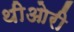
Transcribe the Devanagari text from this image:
थीओरी